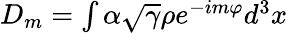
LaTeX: \begin{array}{r}{D_{m}=\int\alpha\sqrt{\gamma}\rho e^{-im\varphi}d^{3}x}\end{array}